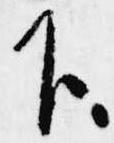
下